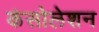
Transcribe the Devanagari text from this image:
कंसोलेशन